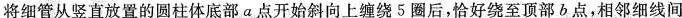
将细管从竖直放置的圆柱体底部a点开始斜向上缠绕5圈后，恰好绕至顶部b点，相邻细线间